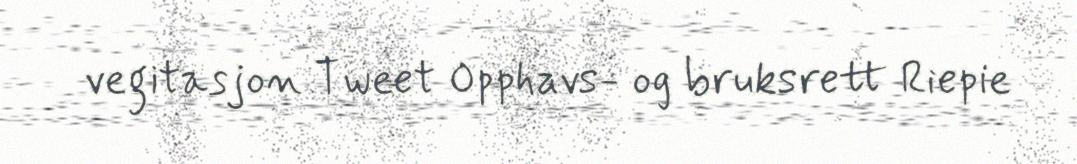
vegitasjon Tweet Opphavs- og bruksrett Riepie